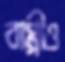
বাপ্পীও